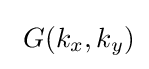
~G(k_{x},k_{y})